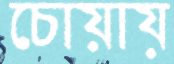
চোয়ায়